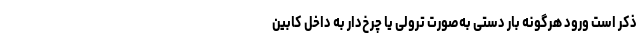
ذکر است ورود هرگونه بار دستی به‌صورت ترولی یا چرخ‌دار به داخل کابین